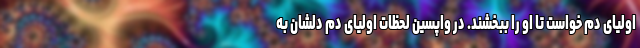
اولیای دم خواست تا او را ببخشند. در واپسین لحظات اولیای دم دلشان به